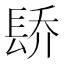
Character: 𬮄